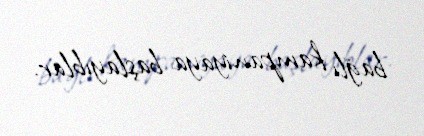
bağlı kampaniyaya başlayıblar.